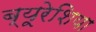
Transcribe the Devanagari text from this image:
ब्यूरेशिया